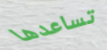
تساعدها